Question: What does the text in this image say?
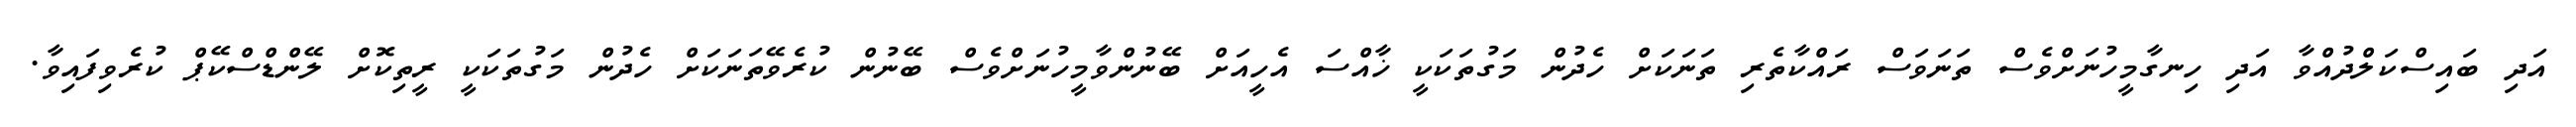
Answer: އަދި ބައިސްކަލްދުއްވާ އަދި ހިނގާމީހުނަށްވެސް ތަނަވަސް ރައްކާތެރި ތަނަކަށް ހެދުން މަގުތަކަކީ ޚާއްސަ އެހީއަށް ބޭނުންވާމީހުނަށްވެސް ބޭނުން ކުރެވޭތަނަކަށް ހެދުން މަގުތަކަކީ ރީތިކޮށް ލޭންޑްސްކޭޕް ކުރެވިފައިވާ.